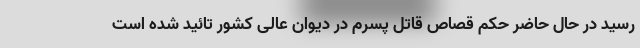
رسید در حال حاضر حکم قصاص قاتل پسرم در دیوان عالی کشور تائید شده است